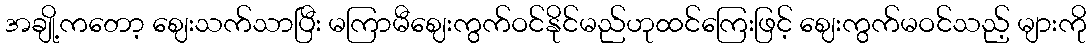
အချို့ကတော့ ဈေးသက်သာပြီး မကြာမီဈေးကွက်ဝင်နိုင်မည်ဟုထင်ကြေးဖြင့် ဈေးကွက်မဝင်သည့် များကို